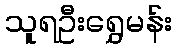
သူရဦးရွှေမန်း